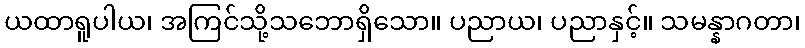
ယထာရူပါယ၊ အကြင်သို့သဘောရှိသော။ ပညာယ၊ ပညာနှင့်။ သမန္နာဂတာ၊